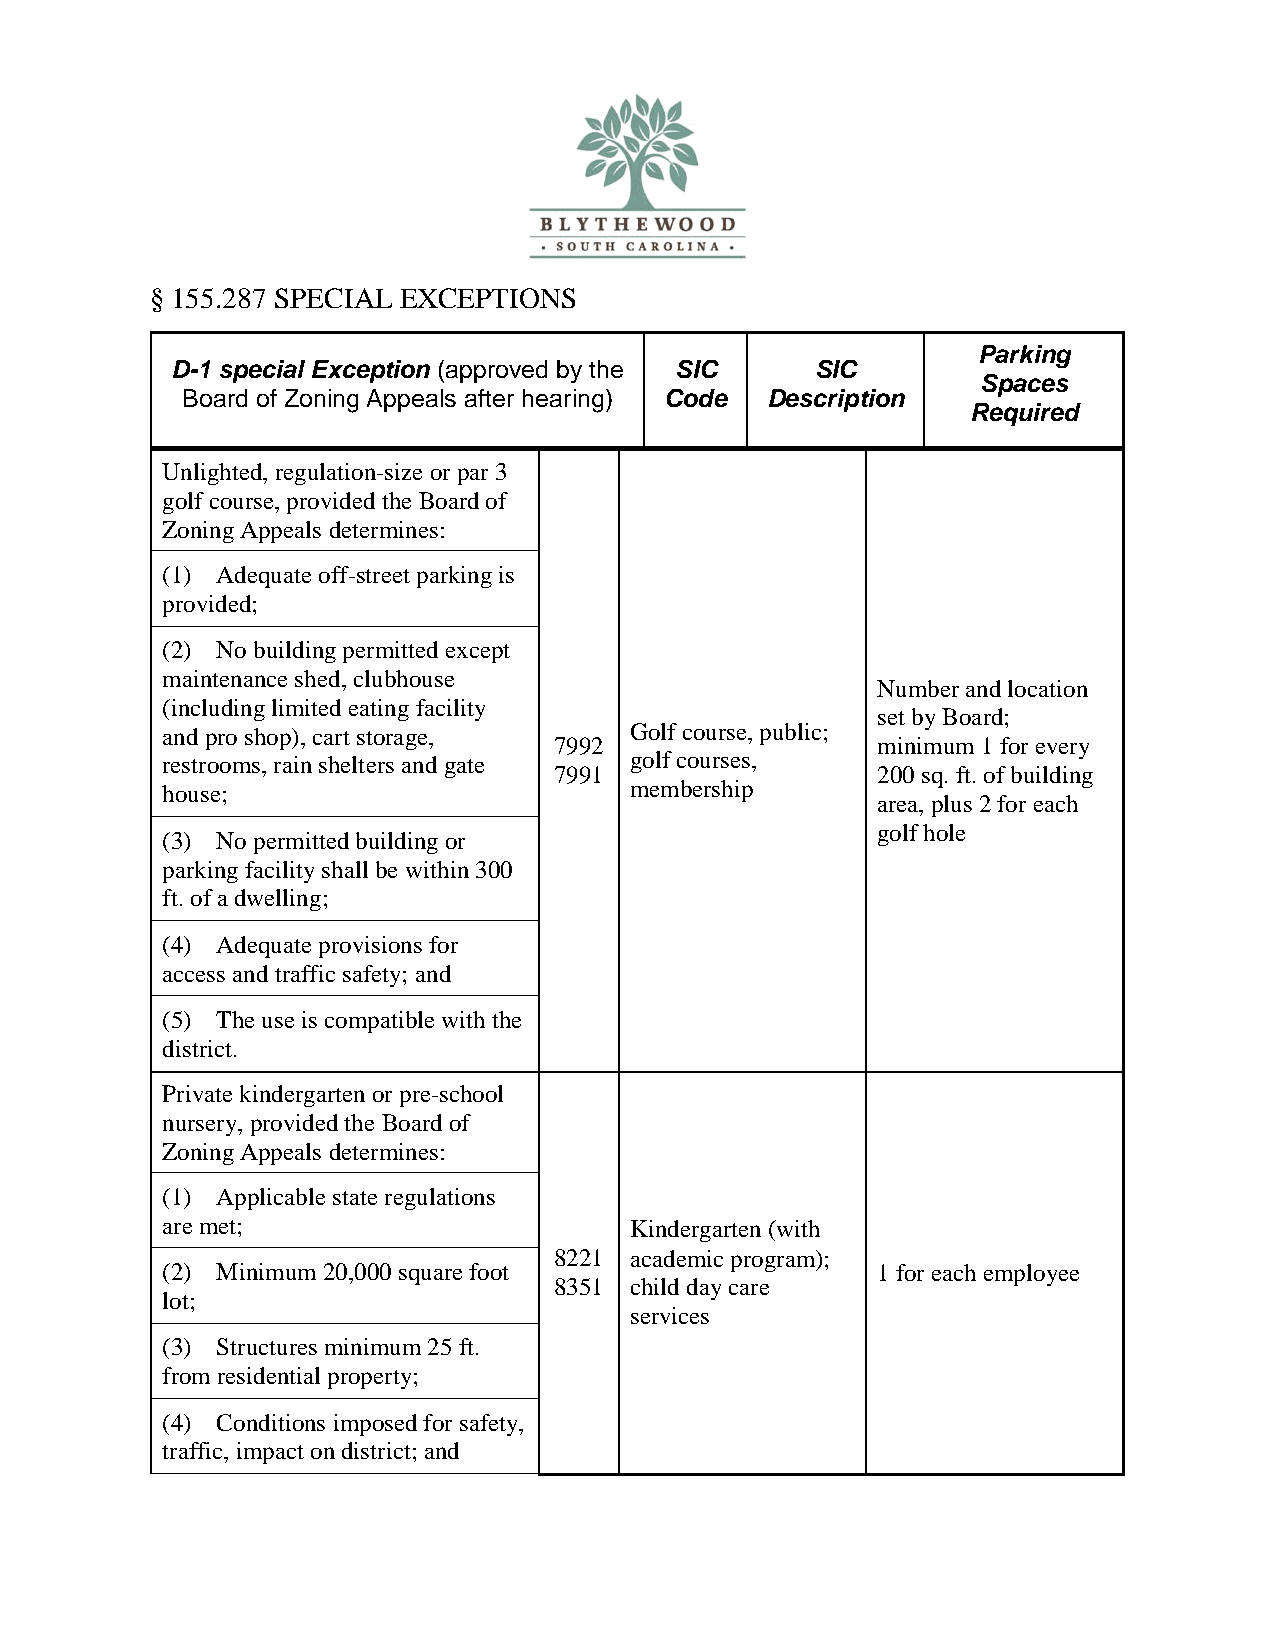
§ 155.287 SPECIAL EXCEPTIONS
 Parking
 D-1 special Exception (approved by the SIC SIC
 Spaces
 Board of Zoning Appeals after hearing) Code Description
 Required
 Unlighted, regulation-size or par 3
 golf course, provided the Board of
 Zoning Appeals determines:
 (1) Adequate off-street parking is
 provided;
 (2) No building permitted except
 maintenance shed, clubhouse
 Number and location
 (including limited eating facility
 set by Board;
 and pro shop), cart storage,   Golf course, public;
 7992                 minimum 1 for every
 restrooms, rain shelters and gate golf courses,
 7991                 200 sq. ft. of building
 house;                         membership
 area, plus 2 for each
 golf hole
 (3) No permitted building or
 parking facility shall be within 300
 ft. of a dwelling;
 (4) Adequate provisions for
 access and traffic safety; and
 (5) The use is compatible with the
 district.
 Private kindergarten or pre-school
 nursery, provided the Board of
 Zoning Appeals determines:
 (1) Applicable state regulations
 are met;                       Kindergarten (with
 8221 academic program);
 (2) Minimum 20,000 square foot                 1 for each employee
 8351 child day care
 lot;
 services
 (3) Structures minimum 25 ft.
 from residential property;
 (4) Conditions imposed for safety,
 traffic, impact on district; and